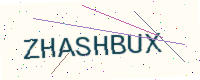
Text: ZHASHBUX